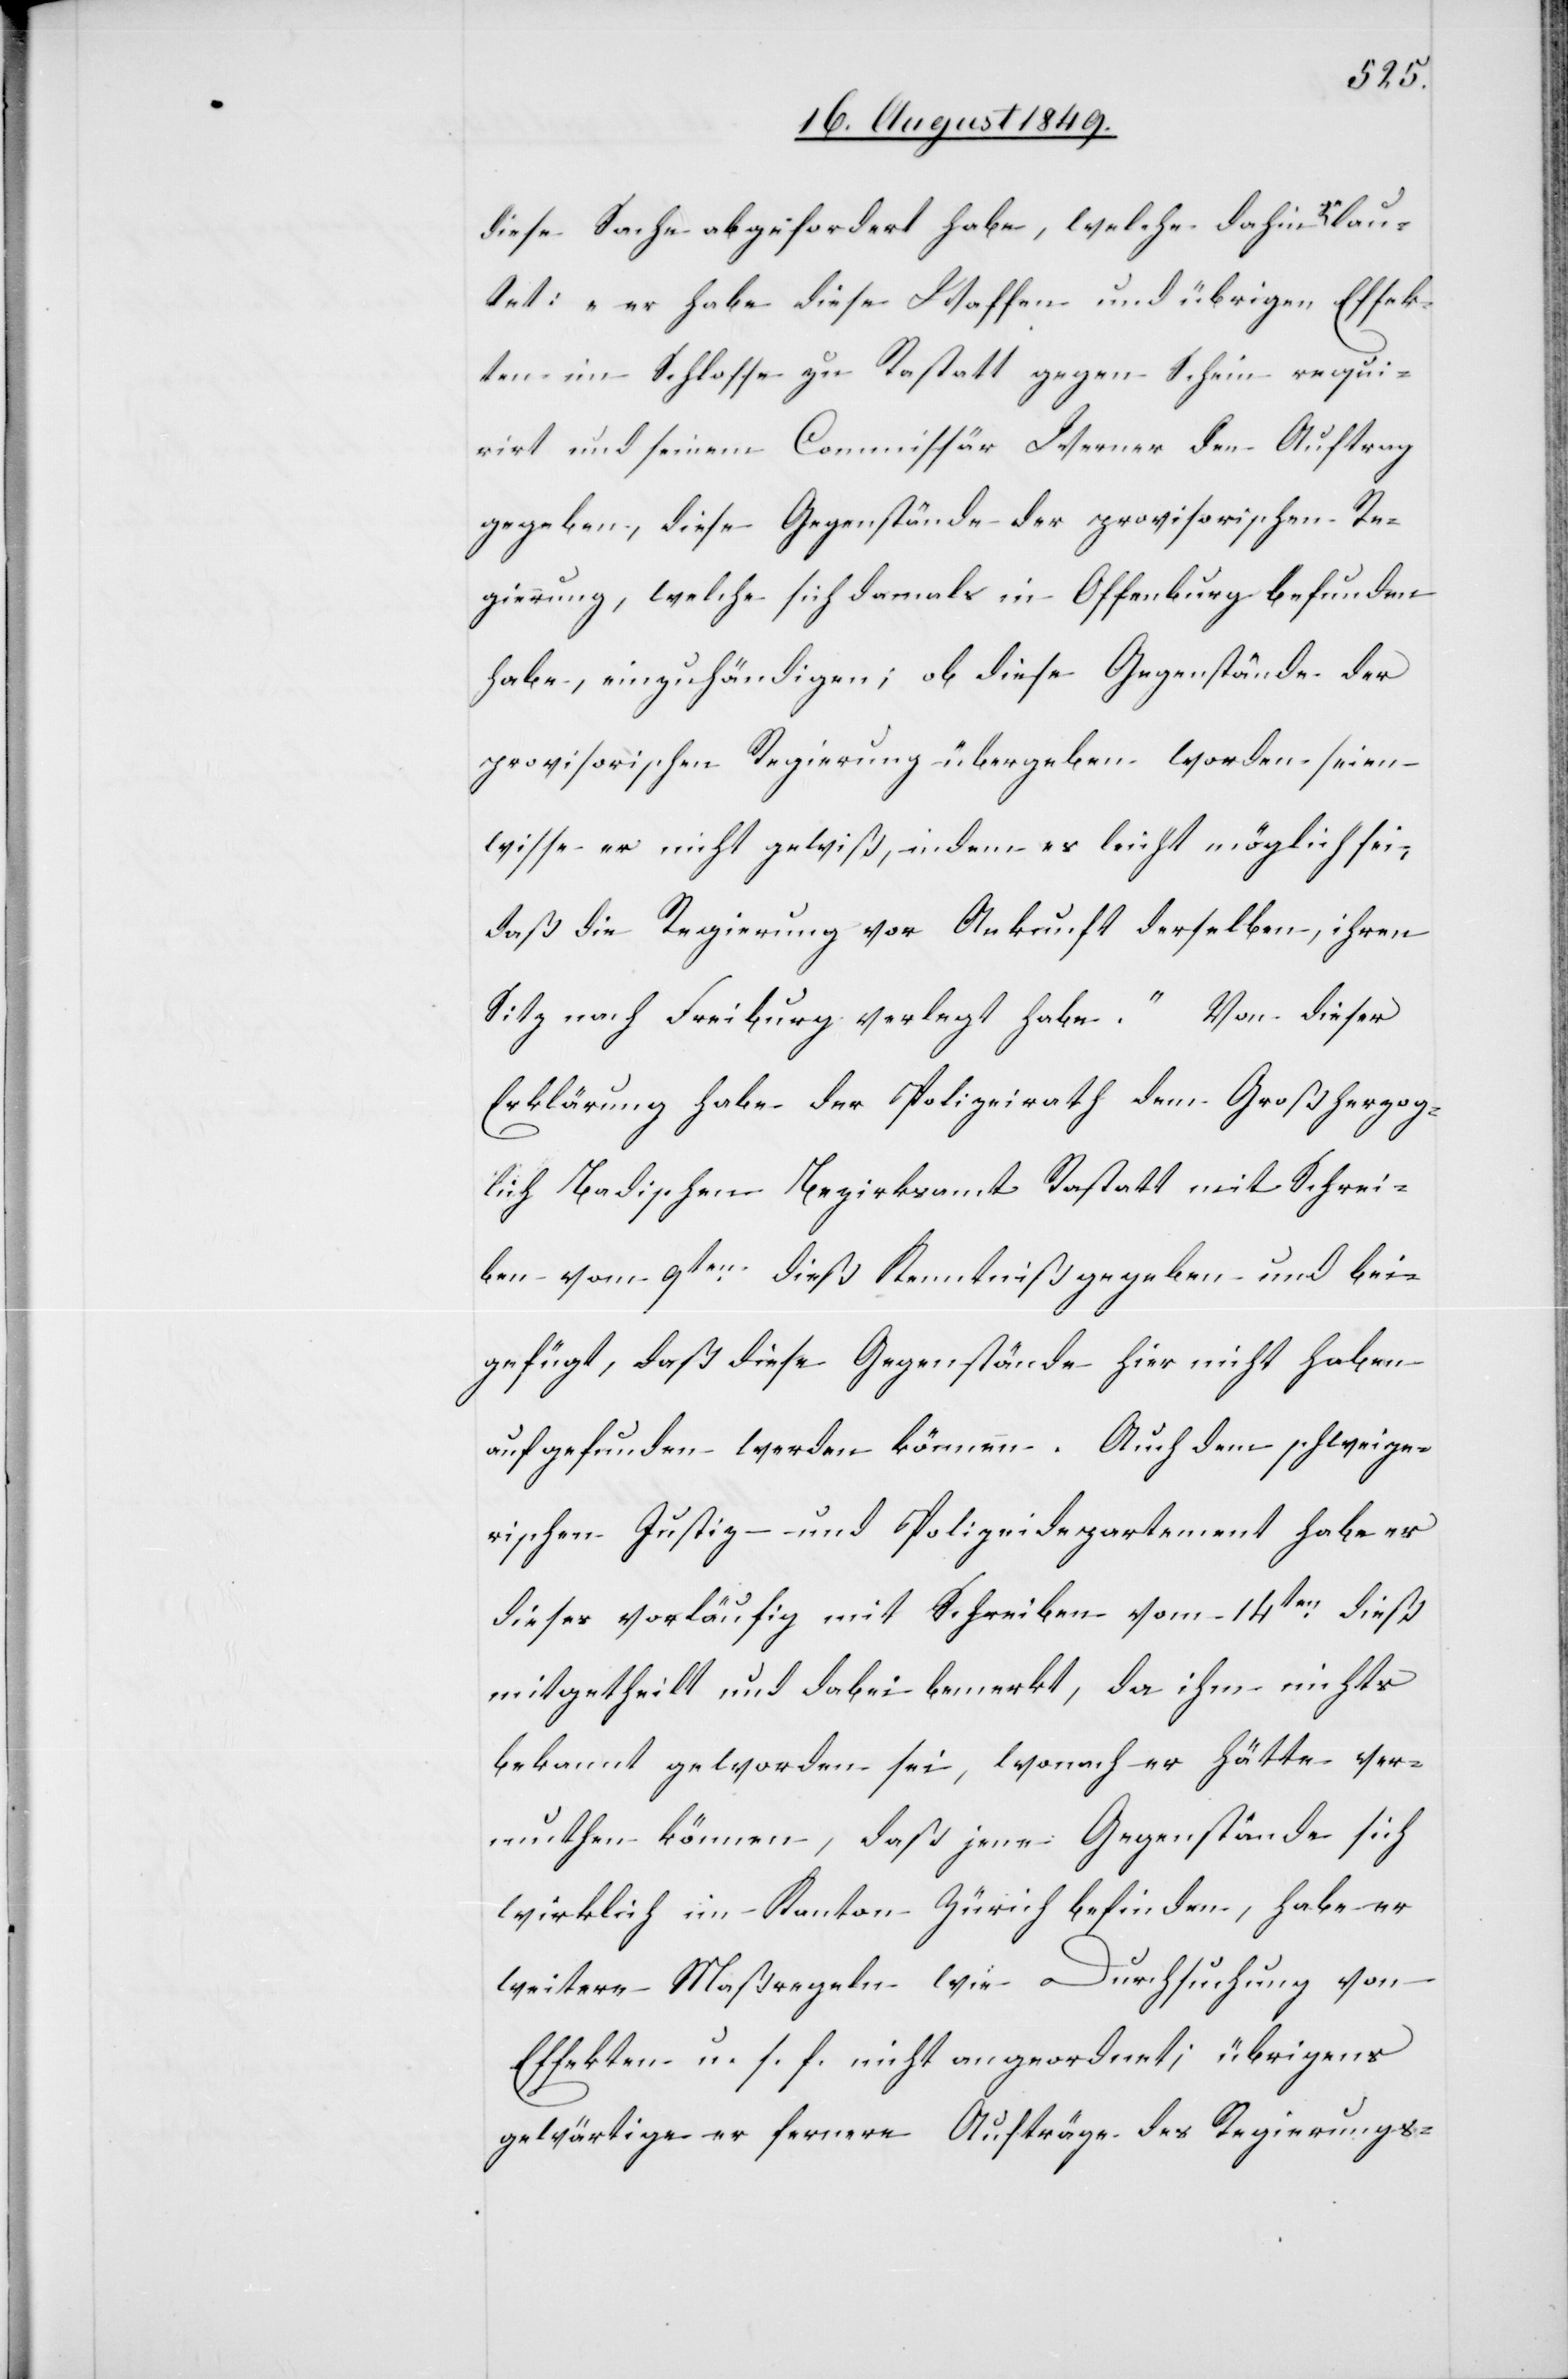
diese Sache abgefordert habe, welche dahin lau¬
tet: „er habe diese Waffen und übrigen Effek¬
ten im Schlosse zu Rastatt gegen Schein requi¬
rirt und seinem Commissär Werner den Auftrag
gegeben, diese Gegenstände der provisorischen Re¬
gierung, welche sich damals in Offenburg befunden
habe, einzuhändigen; ob diese Gegenstände der
provisorischen Regierung übergeben worden seien –
wisse er nicht gewiß, indem es leicht möglich sei,
daß die Regierung vor Ankunft derselben, ihren
Sitz nach Freiburg verlegt habe“. Von dieser
Erklärung habe der Polizeirath dem Großherzog¬
lich Badischen Bezirksamt Rastatt mit Schrei¬
ben vom 9ten dieß Kenntniß gegeben und bei¬
gefügt, daß diese Gegenstände hier nicht haben
aufgefunden werden können. Auch dem schweize¬
rischen Justiz- und Polizeidepartement habe es
dieses vorläufig mit Schreiben vom 14ten dieß
mitgetheilt und dabei bemerkt, da ihm nichts
bekannt geworden sei, wonach er hätte ver¬
muthen können, daß jene Gegenstände sich
wirklich im Kanton Zürich befinden, habe er
weitere Maßregeln wie Durchsuchung von
Effekten u. s. f. nicht angeordnet, übrigens
gewärtige er fernere Aufträge des Regierungs-